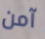
آمن